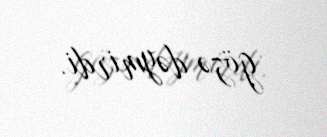
gözə dəymirdi.